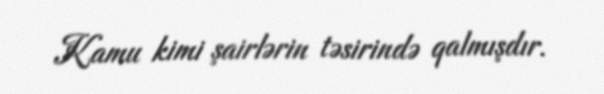
Kamu kimi şairlərin təsirində qalmışdır.